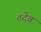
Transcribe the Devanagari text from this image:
तदेवं